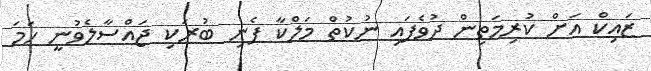
ޒައިކް އަށް ކުރިމަތިން ދުވެފައި ނުކުތް މަލްކާ ފެނި ބުރަކި ޖައްސާލެވުނީ ހަމަ